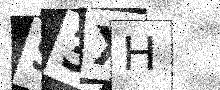
Text: S3XH